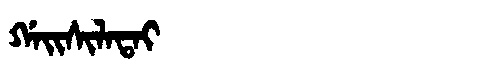
Manchu: ᡤᠠᡳᠰᡳᠯᠠᡨᠠᡳ
Romanization: GAISILATAI